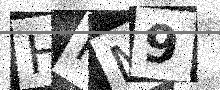
Text: HPM9